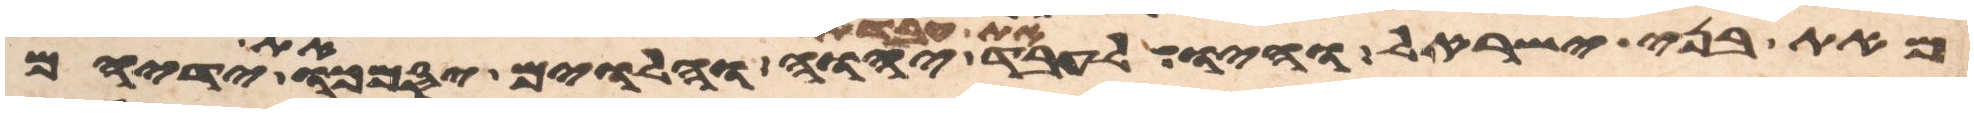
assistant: מאת בני ישראל והיו לעבד את עבדת יהוה והלוים יסמכו את ידיהם